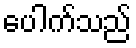
ပေါက်သည်